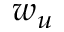
w _ { u }